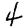
Digit: 4